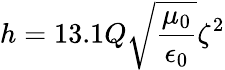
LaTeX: h=13.1Q{\sqrt{\frac{\mu_{0}}{\epsilon_{0}}}}\zeta^{2}